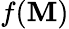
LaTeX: f(\mathbf{M})